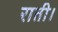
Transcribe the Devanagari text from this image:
राती।